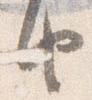
由